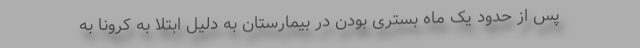
پس از حدود یک ماه بستری بودن در بیمارستان به دلیل ابتلا به کرونا به